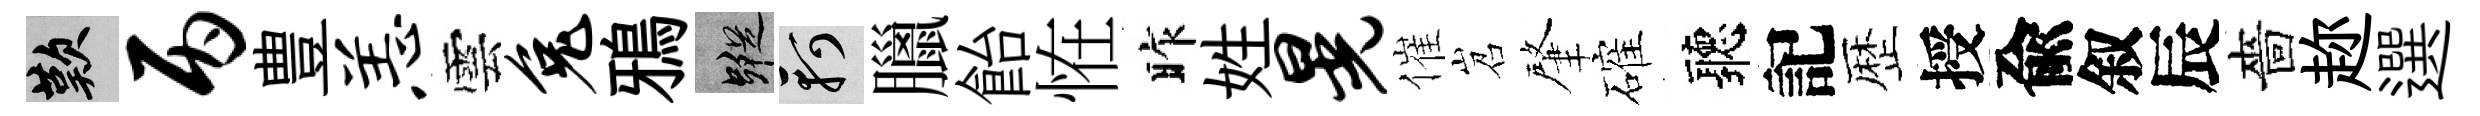
嘆丙豊恙雲兔鴉蹤軻臘飴恠昨姓晃催岧肇確聽記歴授兪叙辰嗇趂選